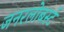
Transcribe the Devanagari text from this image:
जनरलोबर्स्ट